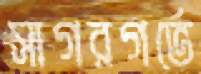
সাগরগর্ভে